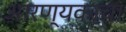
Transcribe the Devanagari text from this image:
आरण्यकाचा